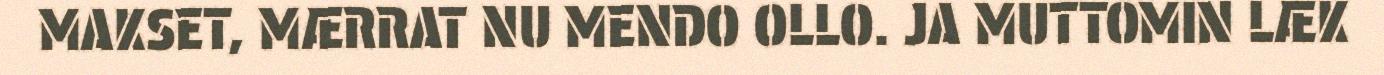
MAKSET, MÆRRAT NU MENDO OLLO. JA MUTTOMIN LÆK